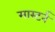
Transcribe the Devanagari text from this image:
मास्टर्न